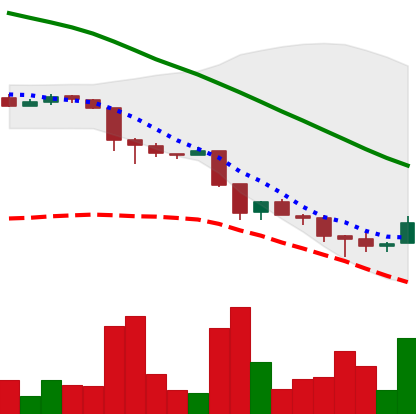
Ticker: ADA-USD
Chart end date: 2018-11-28
Forward return: -7.972%
Label: down_7plus